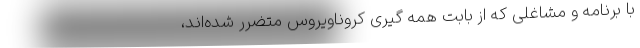
با برنامه و مشاغلی که از بابت همه گیری کروناویروس متضرر شده‌اند،